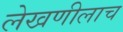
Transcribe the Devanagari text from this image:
लेखणीलाच